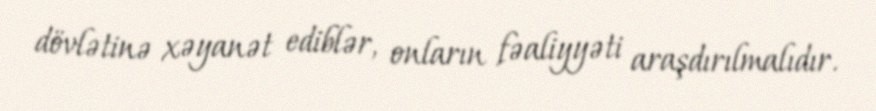
dövlətinə xəyanət ediblər, onların fəaliyyəti araşdırılmalıdır.